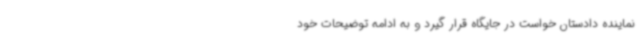
نماینده دادستان خواست در جایگاه قرار گیرد و به ادامه توضیحات خود